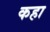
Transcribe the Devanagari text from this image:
कहा